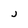
Character: j